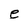
Character: e